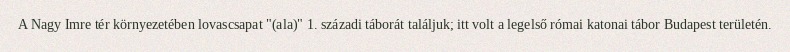
A Nagy Imre tér környezetében lovascsapat "(ala)" 1. századi táborát találjuk; itt volt a legelső római katonai tábor Budapest területén.